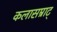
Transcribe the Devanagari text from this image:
कलासम्राट्